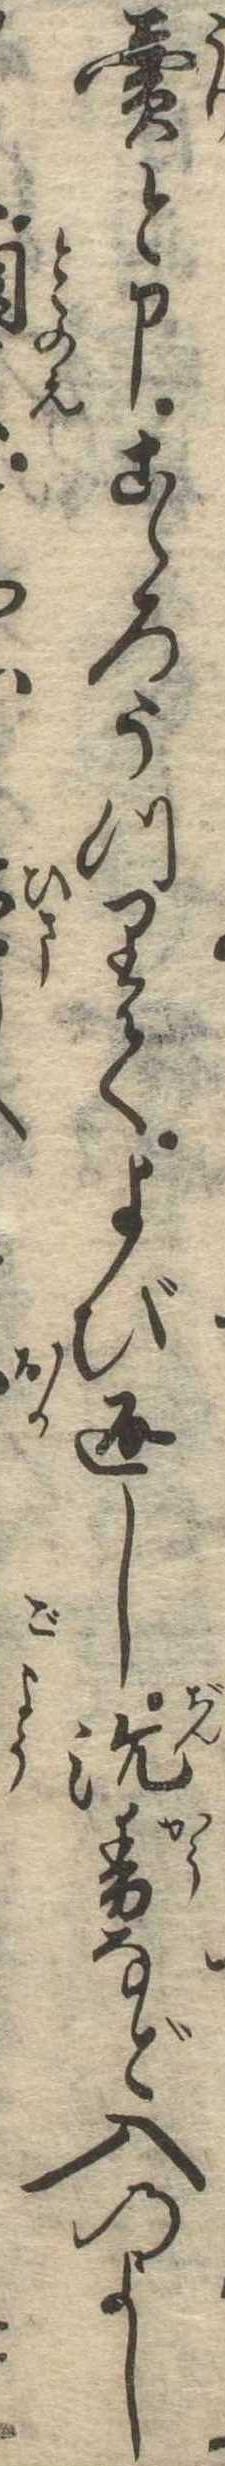
売と申こゝろうつりてよび返し沈香など入のよし